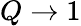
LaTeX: Q\to 1